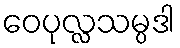
ဝေပုလ္လသမ္ပဒါ